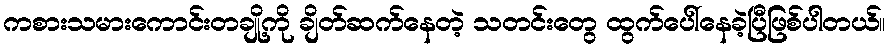
ကစားသမားကောင်းတချို့ကို ချိတ်ဆက်နေတဲ့ သတင်းတွေ ထွက်ပေါ်နေခဲ့ပြီဖြစ်ပါတယ်။